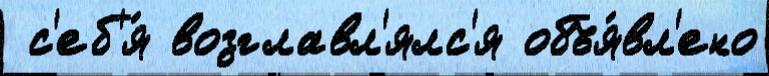
 с'еб'я́ возглавл'ялс'я объя́вл'ено